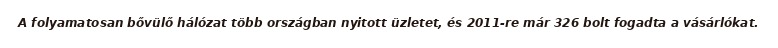
A folyamatosan bővülő hálózat több országban nyitott üzletet, és 2011-re már 326 bolt fogadta a vásárlókat.